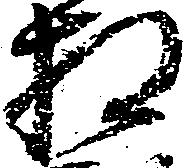
相